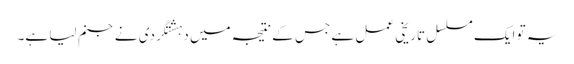
یہ تو ایک مسلسل تاریخی عمل ہے جس کے نتیجہ میں دہشتگردی نے جنم لیا ہے۔